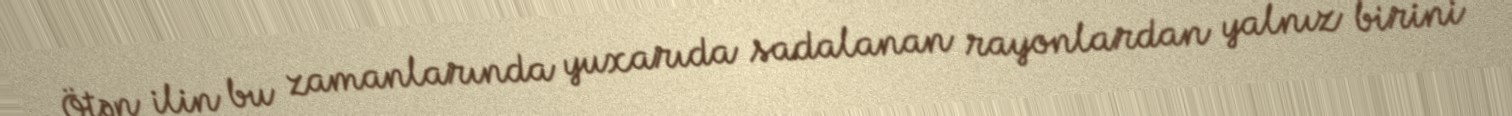
Ötən ilin bu zamanlarında yuxarıda sadalanan rayonlardan yalnız birini